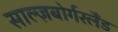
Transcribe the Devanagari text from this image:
साल्ज़बोर्गरलैंड